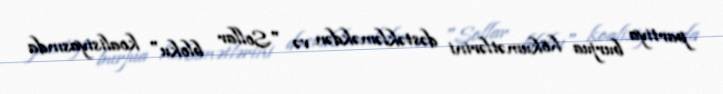
partiya burjua hökumətlərini dəstəkləməkdən və "Sollar bloku" koalisiyasında